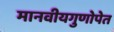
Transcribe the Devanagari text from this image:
मानवीयगुणोपेत